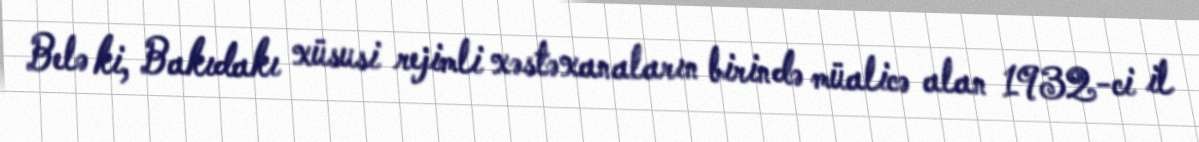
Belə ki, Bakıdakı xüsusi rejimli xəstəxanaların birində müalicə alan 1932-ci il